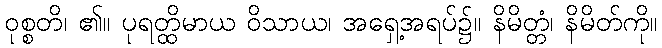
ဝုစ္စတိ၊ ၏။ ပုရတ္ထိမာယ ဝိသာယ၊ အရှေ့အရပ်၌။ နိမိတ္တံ၊ နိမိတ်ကို။